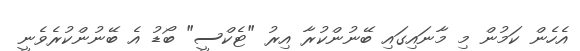
އެހެން ކަމުން މި މާނައިގައި ބޭނުންކުރާ އިރު "ޓެކްސީ" ބޯޑު އެ ބޭނުންކުރެވެނީ